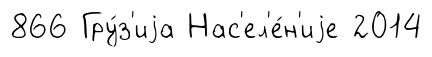
866 Гру́з'иjа Нас'ел'е́н'иjе 2014